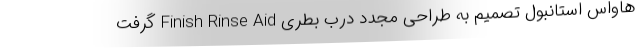
هاواس استانبول تصمیم به طراحی مجدد درب بطری Finish Rinse Aid گرفت